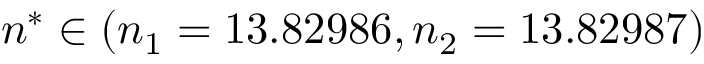
n ^ { * } \in ( n _ { 1 } = 1 3 . 8 2 9 8 6 , n _ { 2 } = 1 3 . 8 2 9 8 7 )